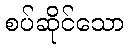
စပ်ဆိုင်သော